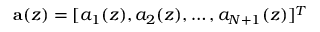
\mathbf { a } ( z ) = [ a _ { 1 } ( z ) , a _ { 2 } ( z ) , \ldots , a _ { N + 1 } ( z ) ] ^ { T }